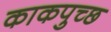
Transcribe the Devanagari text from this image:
काकपुच्छ